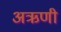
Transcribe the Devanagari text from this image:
अऋणी